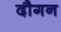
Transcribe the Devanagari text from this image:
दौगन